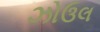
ઝોઉલ